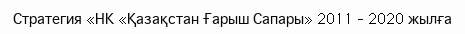
Стратегия «НК «Қазақстан Ғарыш Сапары» 2011 – 2020 жылға